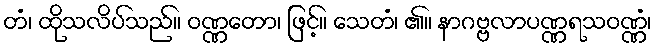
တံ၊ ထိုသလိပ်သည်။ ဝဏ္ဏတော၊ ဖြင့်။ သေတံ၊ ၏။ နာဂဗ္ဗလာပဏ္ဏရသဝဏ္ဏံ၊